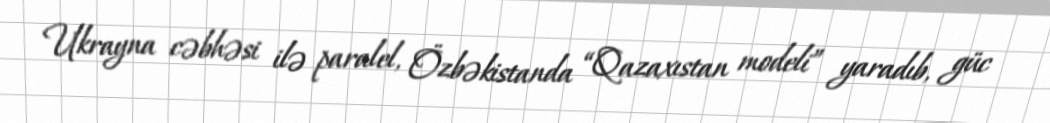
Ukrayna cəbhəsi ilə paralel, Özbəkistanda “Qazaxıstan modeli” yaradıb, güc